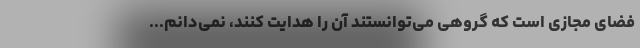
فضای مجازی است که گروهی می‌توانستند آن را هدایت کنند، نمی‌دانم...